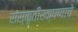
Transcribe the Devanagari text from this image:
संस्कृतीरक्षणाचे